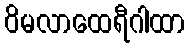
ဝိမလာထေရီဂါထာ